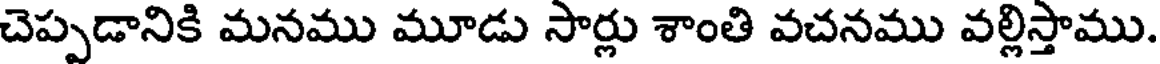
చెప్పడానికి మనము మూడు సార్లు శాంతి వచనము వల్లిస్తాము